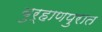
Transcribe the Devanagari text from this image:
बुर्‍हाणपुरात